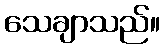
သေချာသည်။